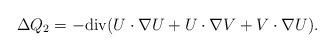
LaTeX: \begin{align*}\Delta Q_2 = -{\rm div}(U\cdot \nabla U + U\cdot \nabla V + V\cdot \nabla U ).\end{align*}